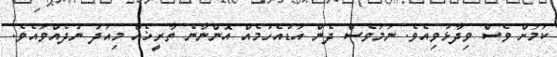
ކަމަށް ވެސް ވިދާޅުވިއެވެ. ނަމަވެސް ދެން އަޑުއެހުމެއް އޮންނާނެ ތާރީޚެއް މިއަދު ނުދެއްވައެވެ.